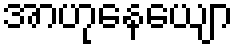
အာဟုနေယျော